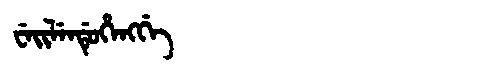
Manchu: ᠸᡝᡳᠯᡝᠨᡩᡠᡥᡝᠩᡤᡝ
Romanization: WEILENDUHENGGE